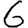
Digit: 6